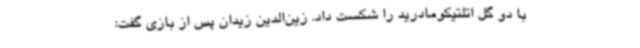
با دو گل اتلتیکومادرید را شکست داد. زین‌الدین زیدان پس از بازی گفت: